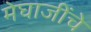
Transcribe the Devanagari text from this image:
मेघाजींचे